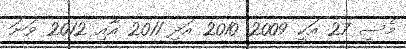
މެސީ 27 އަކީ 2009 2010 އަދި 2011 އާއި 2012 ވަނަ